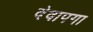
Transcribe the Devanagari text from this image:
देवापगा